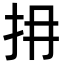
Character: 𢪈